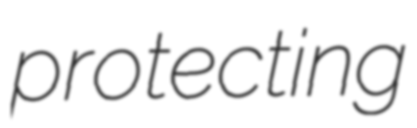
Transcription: protecting